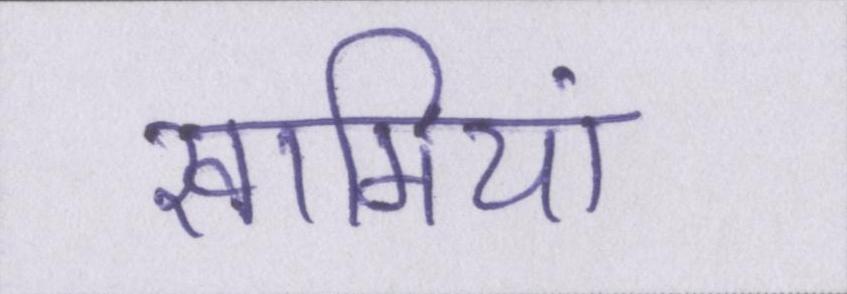
खामियां